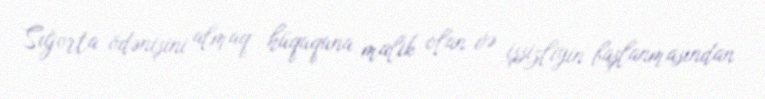
Sığorta ödənişini almaq hüququna malik olan və işsizliyin başlanmasından